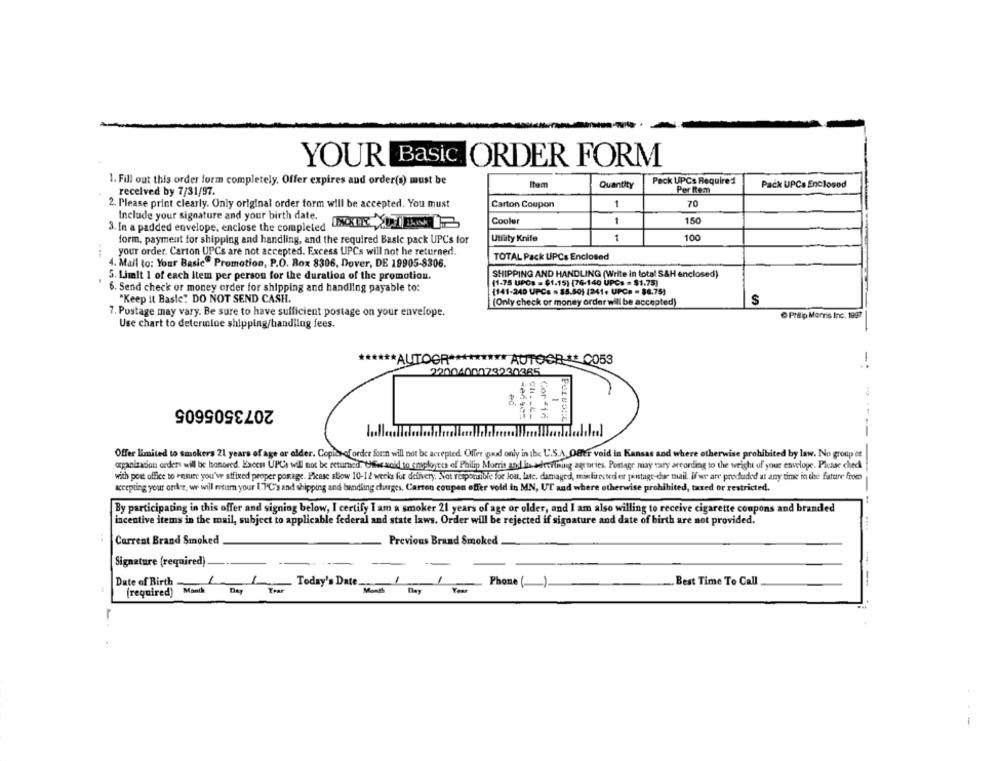
YOUR Basic ORDER FORM
1. Fill out this order form completely. Offer expires and order(s) must be
Pack UPCs Required
received by 7/31/97.
Quantity
Per Item
Pack UPCs Enclosed
2. Please print clearly. Only original order form will be accepted. You must
Carton Coupon
1
70
Include your signature and your birth date.
Cooler
1
150
3. In a padded envelope, enclose the completed R UTIL
1
100
form, payment for shipping and handling, and the required Basic pack UPC's for
Utfity Knife
your order. Carton UPCs are not accepted. Excess UPCs will not he returned.
TOTAL Pack UPCs Enclosed
4. Mail to: Your Basic" Promotion, P.O. Box 8306, Dover, DE 19905-8306.
SHIPPING AND HANDLING (Write in total S&H enclosed)
5. Limit 1 of each Item per person for the duration of the promotion.
(1-75 UPCs = $1.15) (76-140 UPCs = $1,75)
6. Send check or money order for shipping and handling payable to:
(141-240 UPCs . 38.50) (241+ UPC. - $6.75)
"Keep it Basic: DO NOT SEND CASH.
(Only check or money order will be accepted)
$
7. Postage may vary. Be sure to have sufficient postage on your envelope.
@ Philip Morris Inc. 1997
Use chart to determine shipping/handling fees.
AUTOOR ***
**** AUTOCR & CO53
-*
2200400073230385
2073505605
Offer limited to smokers 21 years of age or older. Copies of order forn will not be accepted. Offer goud only in the U.S.A. Ofer void in Kansas and where otherwise prohibited by law. No group et
organization orders will be honored. Excess UPCh will not be returned. Cesacid to employees of Philip Morris and its adreilining agencies. Postage may vary according to the weight of your envelope. Please ched
with post office to resume you've stfixed proper porage. Please allow 10-12 weeks for delivery. Not responsible for Jost, late, damaged, misdirected er pistage-dar mail. If we are produded at any time in the future From
accepting your order, we will motam your I.PC'y and shipping and handling charges, Carton coupon offer vold in MN, UT and where otherwise prohibited, taxed or restricted.
By participating in this offer and signing below, I certify I am a smoker 21 years of age or older, and I am also willing to receive cigarette coupons and branded
incentive items in the mail, subject to applicable federal and state laws. Order will be rejected if signature and date of birth are not provided.
Current Brand Smoked
Previous Brand Smoked.
Signature (required).
Date of Birth
Today's Date ...
Phone ()
. Best Time To Call
---
(required)
Month
Day
Year
.--